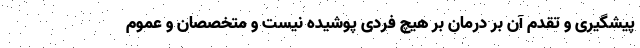
پیشگیری و تقدم آن بر درمان بر هیچ فردی پوشیده نیست و متخصصان و عموم